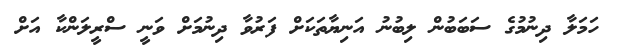
ހަމަލާ ދިނުމުގެ ސަބަބުން ލިބުނު އަނިޔާތަކަށް ފަރުވާ ދިނުމަށް ވަނީ ސްރީލަންކާ އަށް